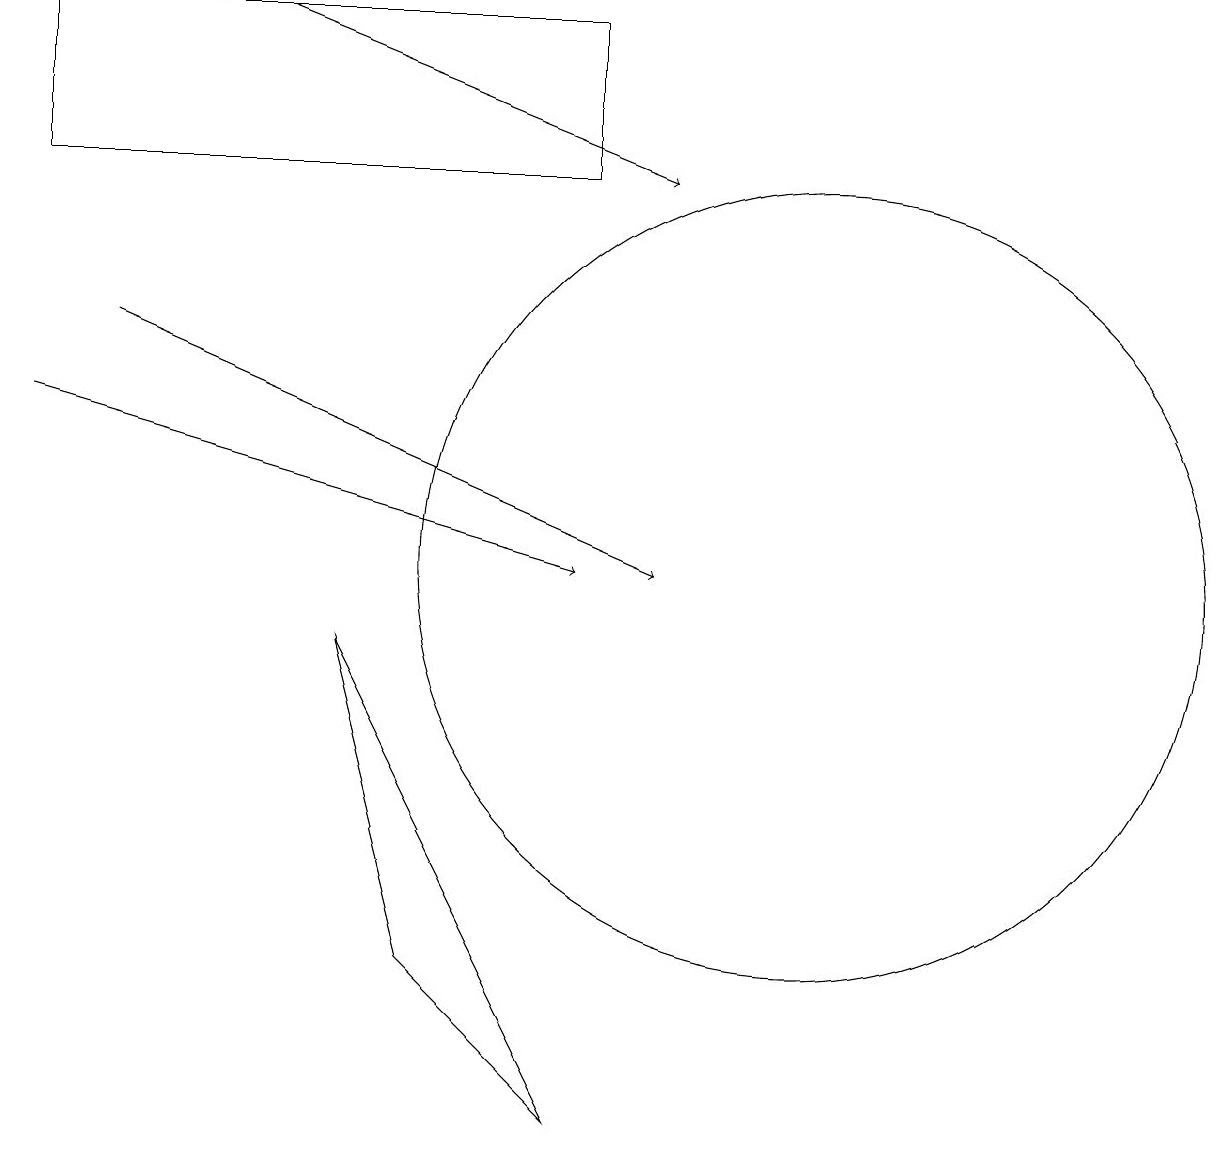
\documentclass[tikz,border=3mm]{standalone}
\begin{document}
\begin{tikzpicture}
\draw (6,5) -- (5,9) -- (8,3) -- cycle;
\draw (11,11) circle (0);
\draw[->] (4,17) -- (9,15);
\draw (11,10) circle (5);
\draw[->] (2,13) -- (9,10);
\draw[->] (1,12) -- (8,10);
\draw (1,17) rectangle (8,15);
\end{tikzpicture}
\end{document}